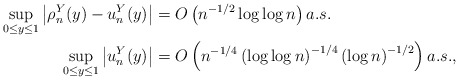
\begin{align*}\sup_{0\leq y\leq 1}\left\vert\rho^Y_n(y)-u^Y_n(y)\right\vert & = O\left(n^{-1/2}\log\log n \right) a.s.\\\sup_{0\leq y\leq 1}\left\vert u^Y_n(y)\right\vert & = O\left(n^{-1/4}\left(\log\log n \right)^{-1/4}\left(\log n\right)^{-1/2}\right) a.s.,\end{align*}